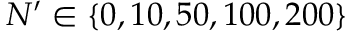
N ^ { \prime } \in \{ 0 , 1 0 , 5 0 , 1 0 0 , 2 0 0 \}